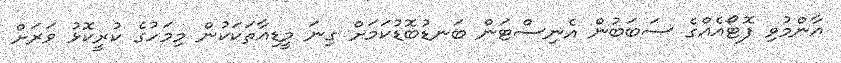
އާންމުވި ފޮޓޯއެއްގެ ސަބަބުން އެނިސްޓަން ބަނޑުބޮޑުކަމަށް ގިނަ މީޑިއާތަކަކުން މިމަހުގެ ކުރީކޮޅު ވަރަށް